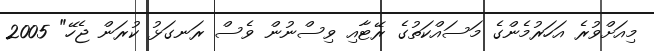
މިއަށްވުރެ އަހަރުމެންގެ މަސައްކަތުގެ ރޭޓާއި ވިސްނުން ވެސް ރަނގަޅު ކުރަން ޖެހޭ" 2005